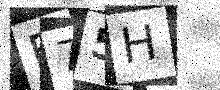
Text: F75H